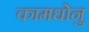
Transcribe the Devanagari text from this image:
कामधोनु